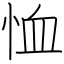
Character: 恤